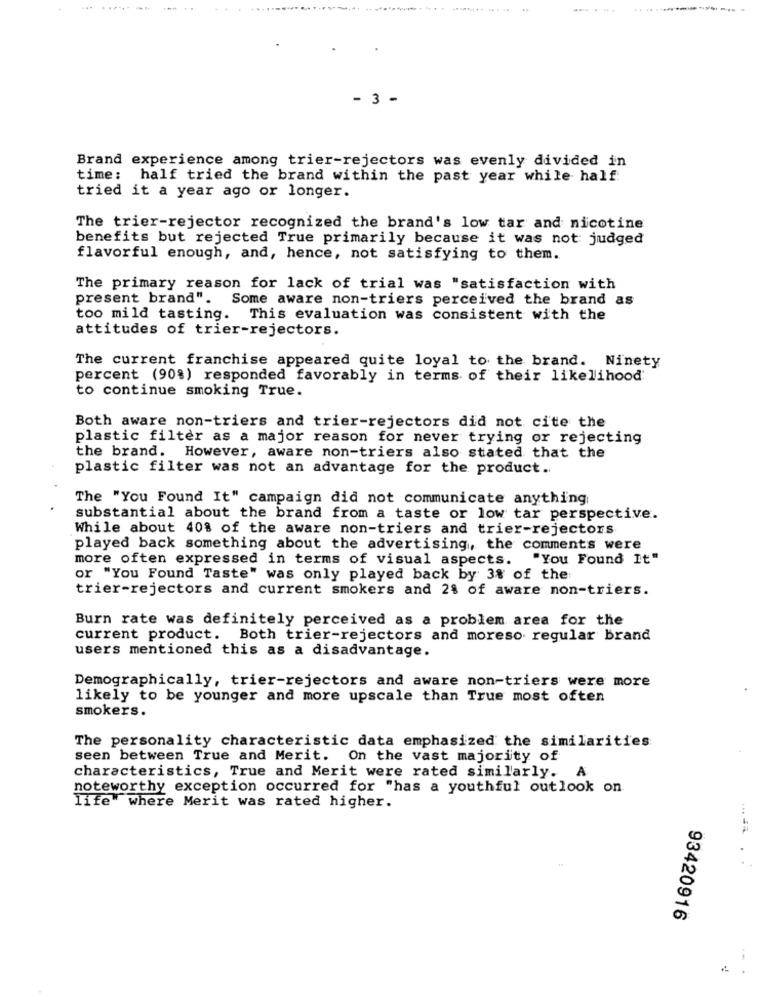
.......
......
- 3 -
Brand experience among trier-rejectors was evenly divided in
time: half tried the brand within the past year while half
tried it a year ago or longer.
The trier-rejector recognized the brand's low tar and nicotine
benefits but rejected True primarily because it was not judged
flavorful enough, and, hence, not satisfying to them.
The primary reason for lack of trial was "satisfaction with
present brand". Some aware non-triers perceived the brand as
too mild tasting. This evaluation was consistent with the
attitudes of trier-rejectors.
The current franchise appeared quite loyal to the brand. Ninety
percent (90%) responded favorably in terms of their likelihood
to continue smoking True.
Both aware non-triers and trier-rejectors did not cite the
plastic filter as a major reason for never trying or rejecting
the brand. However, aware non-triers also stated that the
plastic filter was not an advantage for the product ..
The "You Found It" campaign did not communicate anything
substantial about the brand from a taste or low tar perspective.
While about 40% of the aware non-triers and trier-rejectors
played back something about the advertising, the comments were
more often expressed in terms of visual aspects. "You Found It"
or "You Found Taste" was only played back by 3% of the
trier-rejectors and current smokers and 2% of aware non-triers.
Burn rate was definitely perceived as a problem area for the
current product. Both trier-rejectors and moreso regular brand
users mentioned this as a disadvantage.
Demographically, trier-rejectors and aware non-triers were more
likely to be younger and more upscale than True most often
smokers.
The personality characteristic data emphasized the similarities
seen between True and Merit. On the vast majority of
characteristics, True and Merit were rated similarly.
A
noteworthy exception occurred for "has a youthful outlook on
life where Merit was rated higher.
93420916